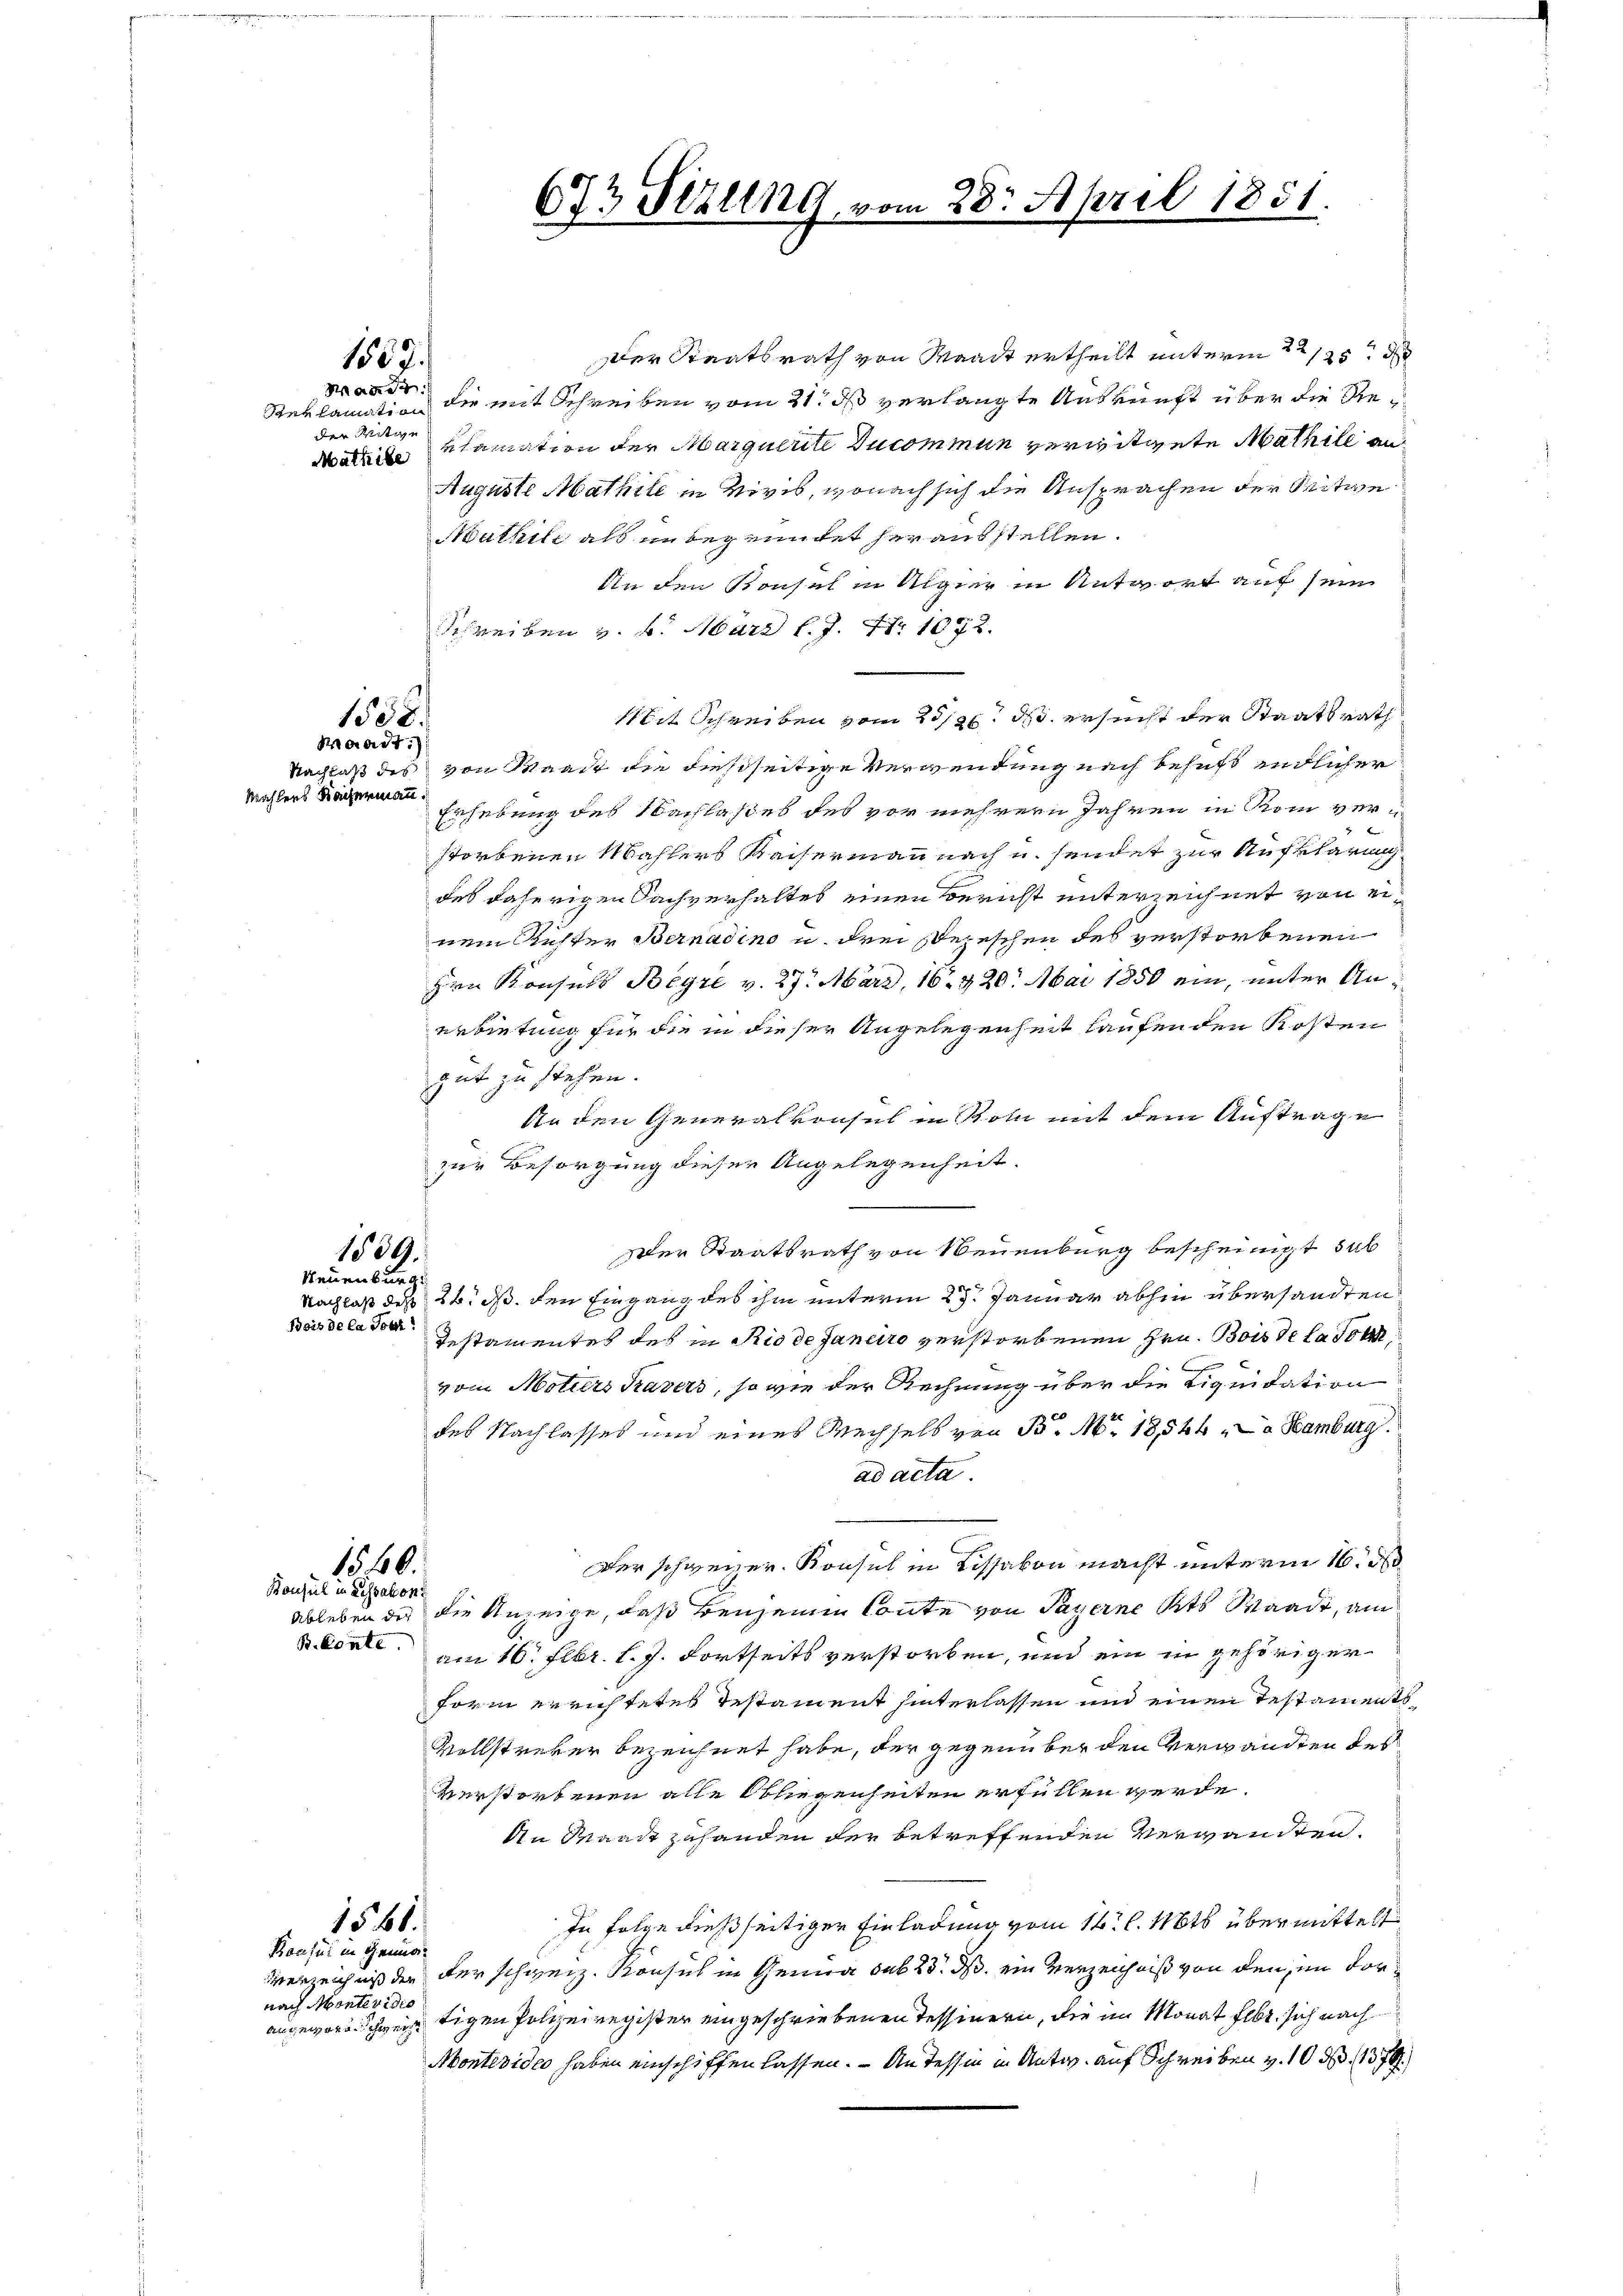
1508.
aadt
Mahlens Rachermann.

Maad
der Mitte
Mathibe

1567.

673 Sezung vom 28. April 1851.

Der Staatsrath von Waadt ertheilt unterm 22 125 d
Reklamation die mit Schreiben vom 21. ds verlangte Auskunft über die Reklamation der Marquerite Ducommun verwitwete Mathile an
Auguste Mathill in Vivis, wonach sich die Ansprachen der Reitwe
athte als in begründet herausstellen.
An den Konsul in Algier in Antwort auf sein
Schreiben v. 6. März l. J. Nr. 1072.
Mit Schreiben vom 21. ds. ersucht der Staatsrath
Nachlaß des von Waadt die dießseitige Verwendung nach behufs endlicher
Erhebung des Nachlaßes des vor mehrern Jahren in Rom ver-
storbenen Mahlers Kaisermann nach u. sendet zur Aufklärung
des daherigen Sachverhaltes einen Bericht unterzeichnet von einem Richter Bernadino u. drei sepeschen des verstorbenen
Hrn Konsuls Begre v. 27. März, 16. 420. Mai 1850 ein, unter Anerbietung für die in dieser Angelegenheit laufenden Kosten
gut zu stehen.
An den Generalkonsul in Rom mit dem Auftrage
zur Besorgung dieser Angelegenheit.
sler Staatsrath von Neuenburg bescheinigt, sub
1559.
Neuenburg.
Nachlaß des 26. ds. den Eingang des ihm unterm 27. Januar abhin übersandten
Bois de la Tote!
Testamentes des in Rio de Janeiro verstorbenen Hrn. Bois de lasse

vom Moturs Kasers, so wie der Rechnung über die Liquidation
des Nachlasses und eines Wechsels von P. M. 18544. Hamburg.
ad acta.
Der schweizer. Konsul in Lissakon macht unterm 16. d
1540.
Konsul in Lessaboni
Ableben der die Anzeige, daß beiseinen Conte von Payerne Kts Waadt, am
. Conte am 16. Febr. l. J. Fortseits verstorben, und ein in gehöriger
Form errichtetes Testament hinterlassen und einen Testaments¬
Vollstreber bezeichnet habe, der gegenüber den Verwandten des
verstorbenen alle Obliegenheiten erfüllen werde.
An Waadt zuhanden der betreffenden Verwandten.
In Folge dießseitiger Einladung vom 16. l. Mts. übermittelt
1568.
Konsul in Genüg
Verzeichniß der der schweiz. Konsul in Genua sub 23. ds. ein Verzeichniß von den im Vornach Montevidio
tigen Polizeiregister eingeschriebenen Tessinern, die im Monat Febr. sich nach
augewarn ihm erst
Aontevideo haben einschiffen lassen. - An dessin in Antis auf Schreiben v. 10 d. 187